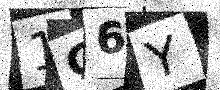
Text: 1G6Y